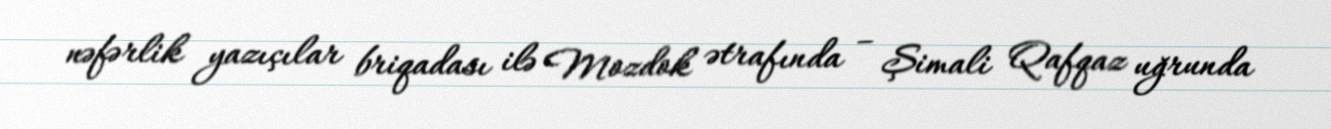
nəfərlik yazıçılar briqadası ilə Mozdok ətrafında – Şimali Qafqaz uğrunda